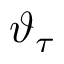
\vartheta _ { \tau }